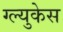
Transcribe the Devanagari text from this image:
ग्ल्युकेस